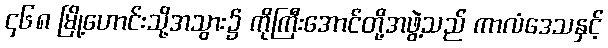
၄၆၈ မြို့ဟောင်းသို့အသွား၌ ကိုကြီးအောင်တို့အဖွဲ့သည် ကာလံဒေသနှင့်